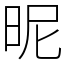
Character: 昵